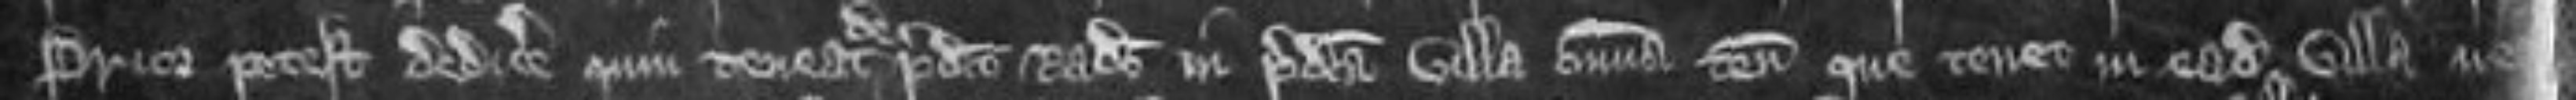
prior potest dedicere quin teneat predicto Radulfo in predicta villa omnia tenementa que tenet in eadem villa nec